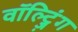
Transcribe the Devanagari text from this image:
वॉल्ट्ज़िंग